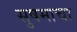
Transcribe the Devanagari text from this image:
सुषमाचा